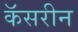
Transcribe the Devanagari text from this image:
कॅसरीन